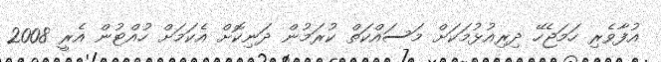
އުފާވެރި ހަމަޖެހޭ ދިރިއުޅުމަކަށް މަސައްކަތް ކުރަމުން ދަނިކޮށް އެކަމަށް ހުއްޓުން އެރީ 2008